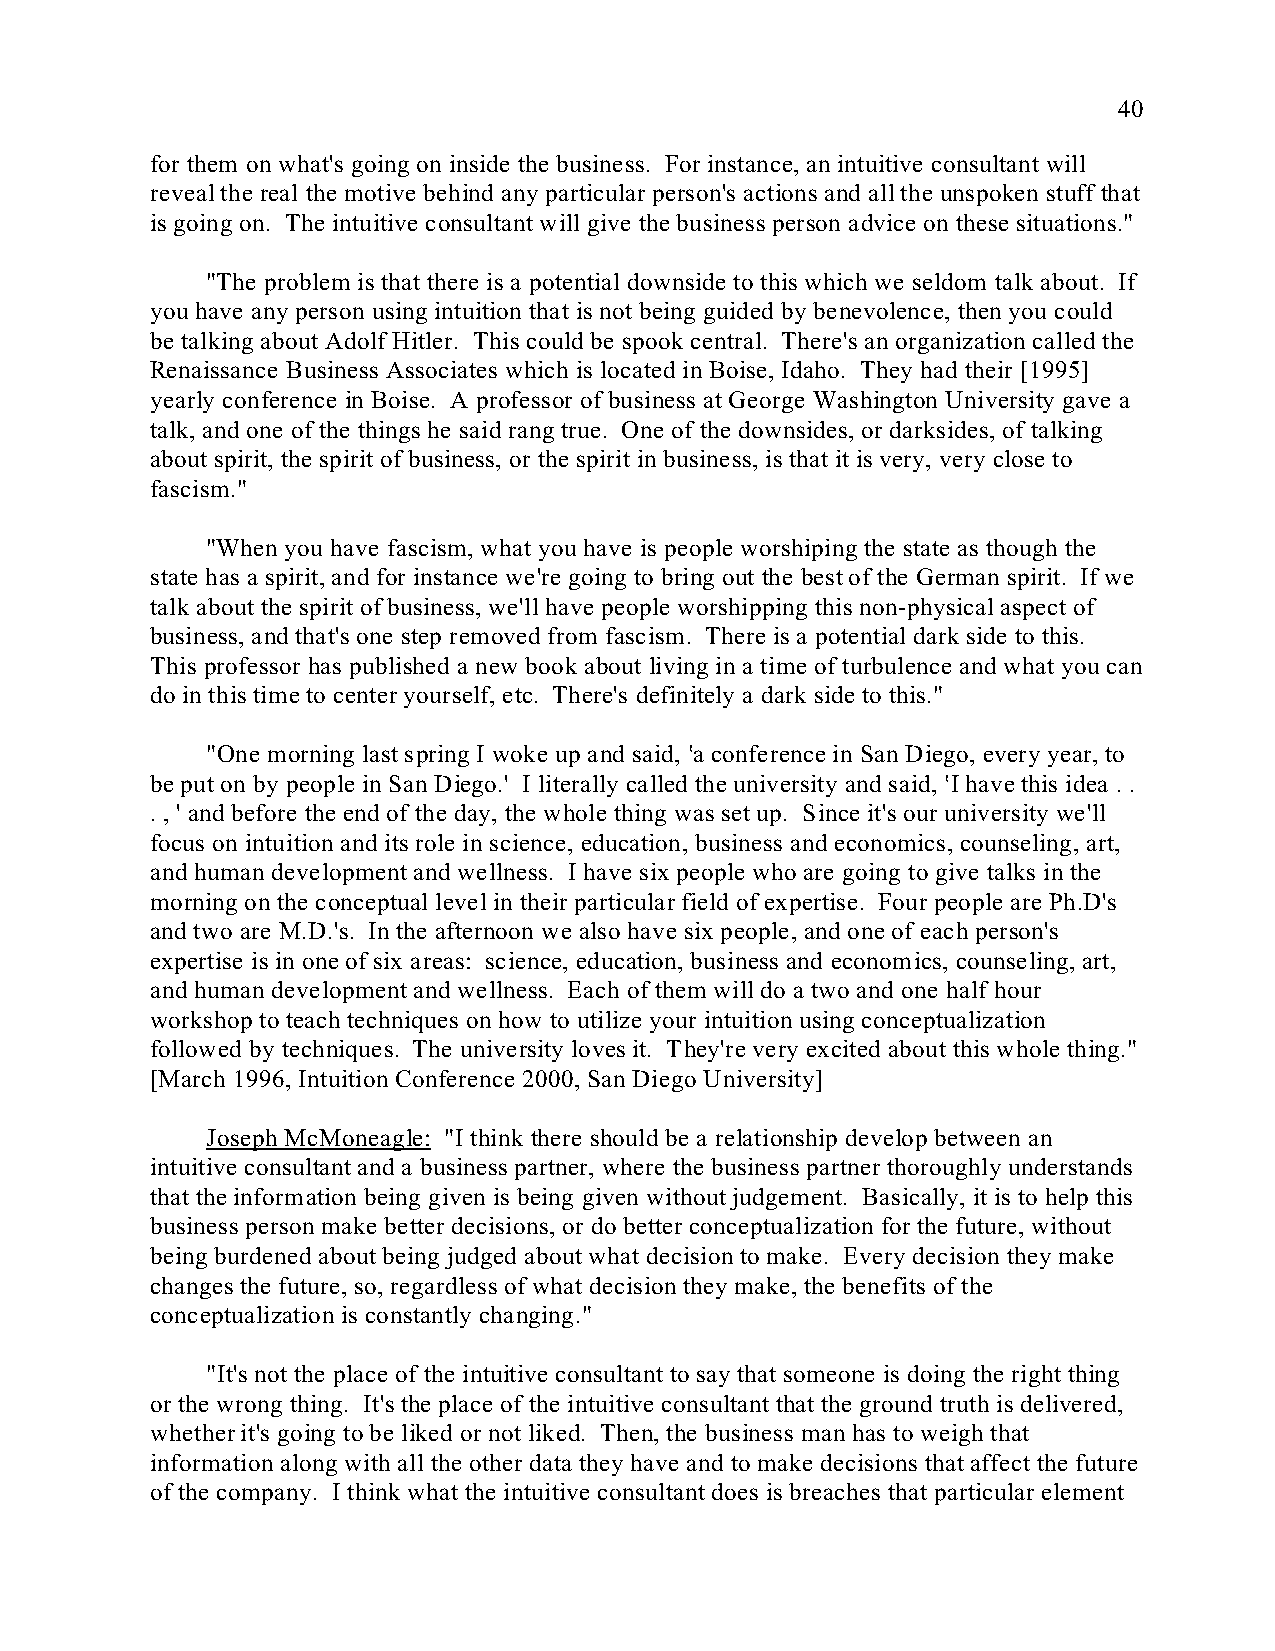
40
 for them on what's going on inside the business. For instance, an intuitive consultant will
 reveal the real the motive behind any particular person's actions and all the unspoken stuff that
 is going on. The intuitive consultant will give the business person advice on these situations."
 "The problem is that there is a potential downside to this which we seldom talk about. If
 you have any person using intuition that is not being guided by benevolence, then you could
 be talking about Adolf Hitler. This could be spook central. There's an organization called the
 Renaissance Business Associates which is located in Boise, Idaho. They had their [1995]
 yearly conference in Boise. A professor of business at George Washington University gave a
 talk, and one of the things he said rang true. One of the downsides, or darksides, of talking
 about spirit, the spirit of business, or the spirit in business, is that it is very, very close to
 fascism."
 "When you have fascism, what you have is people worshiping the state as though the
 state has a spirit, and for instance we're going to bring out the best of the German spirit. If we
 talk about the spirit of business, we'll have people worshipping this non-physical aspect of
 business, and that's one step removed from fascism. There is a potential dark side to this.
 This professor has published a new book about living in a time of turbulence and what you can
 do in this time to center yourself, etc. There's definitely a dark side to this."
 "One morning last spring I woke up and said, <a conference in San Diego, every year, to
 be put on by people in San Diego.' I literally called the university and said, <I have this idea . .
 . , ' and before the end of the day, the whole thing was set up. Since it's our university we'll
 focus on intuition and its role in science, education, business and economics, counseling, art,
 and human development and wellness. I have six people who are going to give talks in the
 morning on the conceptual level in their particular field of expertise. Four people are Ph.D's
 and two are M.D.'s. In the afternoon we also have six people, and one of each person's
 expertise is in one of six areas: science, education, business and economics, counseling, art,
 and human development and wellness. Each of them will do a two and one half hour
 workshop to teach techniques on how to utilize your intuition using conceptualization
 followed by techniques. The university loves it. They're very excited about this whole thing."
 [March 1996, Intuition Conference 2000, San Diego University]
 Joseph McMoneagle: "I think there should be a relationship develop between an
 intuitive consultant and a business partner, where the business partner thoroughly understands
 that the information being given is being given without judgement. Basically, it is to help this
 business person make better decisions, or do better conceptualization for the future, without
 being burdened about being judged about what decision to make. Every decision they make
 changes the future, so, regardless of what decision they make, the benefits of the
 conceptualization is constantly changing."
 "It's not the place of the intuitive consultant to say that someone is doing the right thing
 or the wrong thing. It's the place of the intuitive consultant that the ground truth is delivered,
 whether it's going to be liked or not liked. Then, the business man has to weigh that
 information along with all the other data they have and to make decisions that affect the future
 of the company. I think what the intuitive consultant does is breaches that particular element